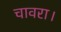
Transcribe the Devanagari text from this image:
चावरा।